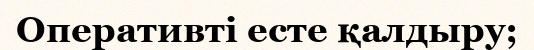
Оперативті есте қалдыру;